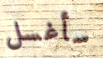
سأغسل